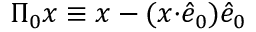
\begin{array} { r } { \Pi _ { 0 } x \equiv { x - ( x { \cdot } \hat { e } _ { 0 } ) \hat { e } _ { 0 } } } \end{array}